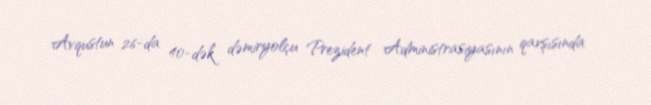
Avqustun 26-da 40-dək dəmiryolçu Prezident Administrasiyasının qarşısında